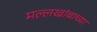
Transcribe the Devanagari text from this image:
मल्लखांबाच्या